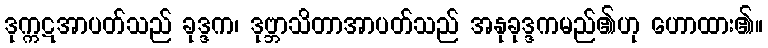
ဒုက္ကဋအာပတ်သည် ခုဒ္ဒက၊ ဒုဗ္ဘာသိတာအာပတ်သည် အနုခုဒ္ဒကမည်၏ဟု ဟောထား၏။